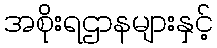
အစိုးရဌာနများနှင့်